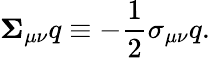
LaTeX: {\mathbf\Sigma}_{\mu\nu}q\equiv-\frac 12\sigma_{\mu\nu}q.